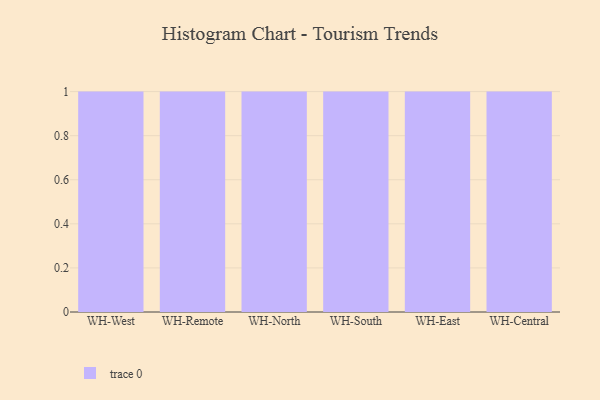
{"axis": {"x": "Warehouse", "y": "Population (Million)"}, "legend": [""], "data": [{"x": "WH-West", "y": 85, "type": ""}, {"x": "WH-Remote", "y": 31, "type": ""}, {"x": "WH-North", "y": 74, "type": ""}, {"x": "WH-South", "y": 14, "type": ""}, {"x": "WH-East", "y": 64, "type": ""}, {"x": "WH-Central", "y": 7, "type": ""}]}